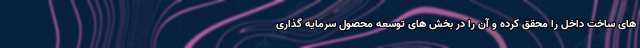
های ساخت داخل را محقق کرده و آن را در بخش های توسعه محصول سرمایه گذاری